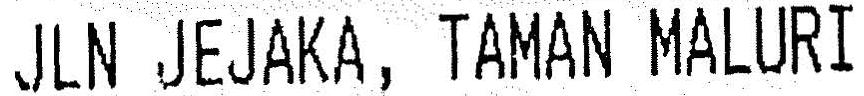
JLN JEJAKA, TAMAN MALURI